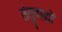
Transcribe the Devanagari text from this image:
तंतुवाद्यों